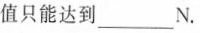
值只能达到___N。